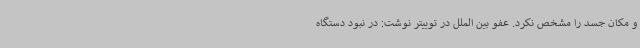
و مکان جسد را مشخص نکرد. عفو بین الملل در توییتر نوشت: در نبود دستگاه